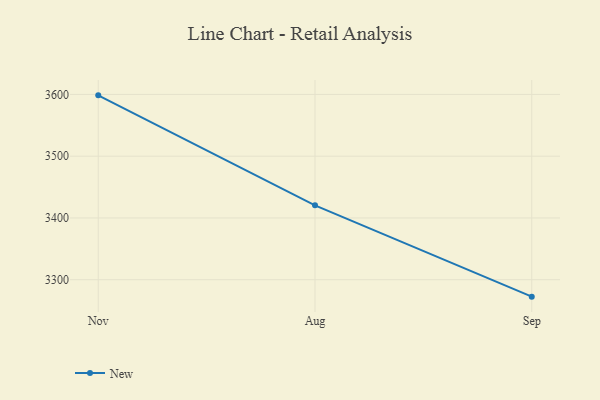
{"axis": {"x": "Month", "y": "Production Output"}, "legend": ["New"], "data": [{"x": "Nov", "y": 3598.5, "type": "New"}, {"x": "Aug", "y": 3420.5, "type": "New"}, {"x": "Sep", "y": 3272.6, "type": "New"}]}